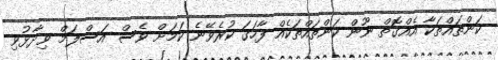
ކަންތައްތަކާ އެއްގޮތް ނޫން ކަންތައްތަކެއް ފާހަގަ ކުރެވޭނެ ކަމަށް ވެސް އަސްލަމް ވިދާޅުވި